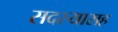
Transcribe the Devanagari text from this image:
सदस्यासह